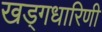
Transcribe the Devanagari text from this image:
खड्गधारिणी